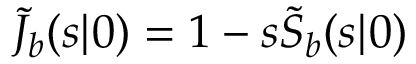
\tilde { J } _ { b } ( s | \r _ { 0 } ) = 1 - s \tilde { S } _ { b } ( s | \r _ { 0 } )